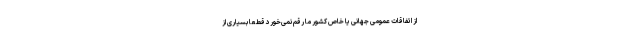
از اتفاقات عمومی جهانی یا خاص کشور ما رقم نمی‌خورد قطعاً بسیاری از